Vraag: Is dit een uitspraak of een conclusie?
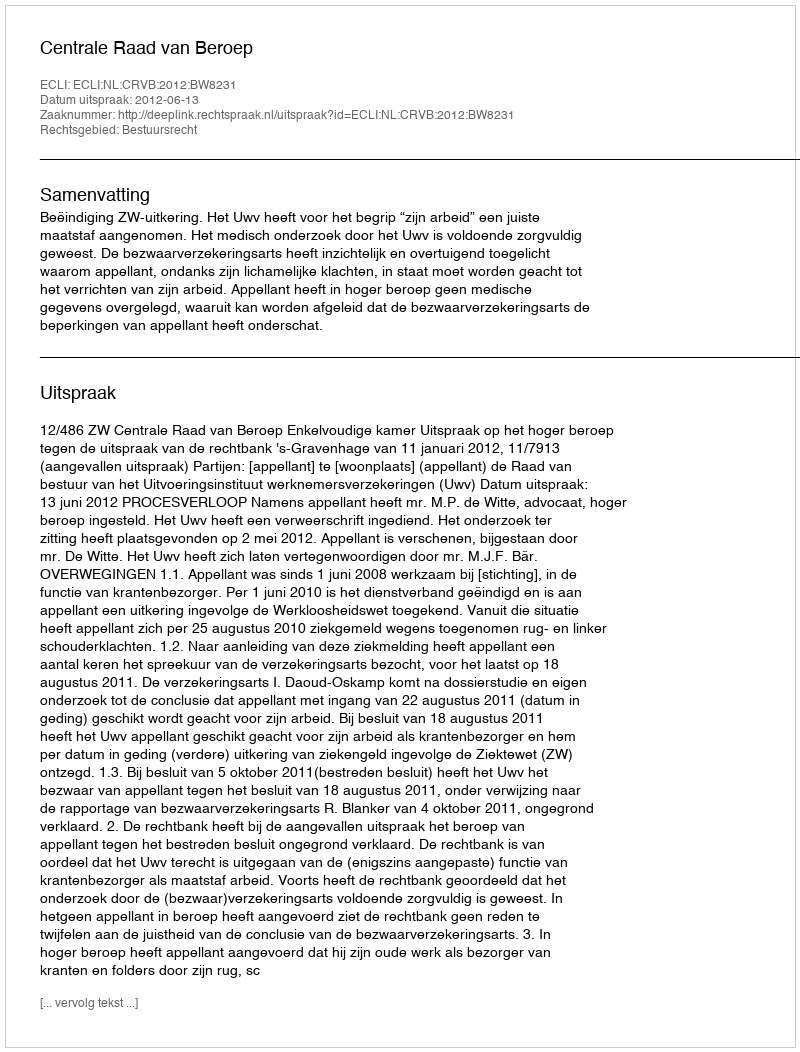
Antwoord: Uitspraak